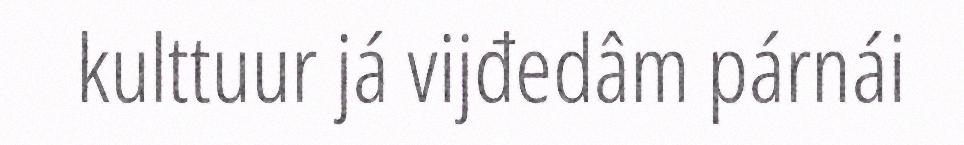
kulttuur já vijđedâm párnái